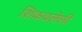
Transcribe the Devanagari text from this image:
शिकवलेली